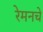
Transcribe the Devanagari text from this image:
रेमनचे